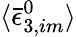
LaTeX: \langle\bar{\epsilon}_{3,im}^{0}\rangle